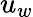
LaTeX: u_{w}